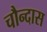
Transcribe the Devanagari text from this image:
चौन्दास